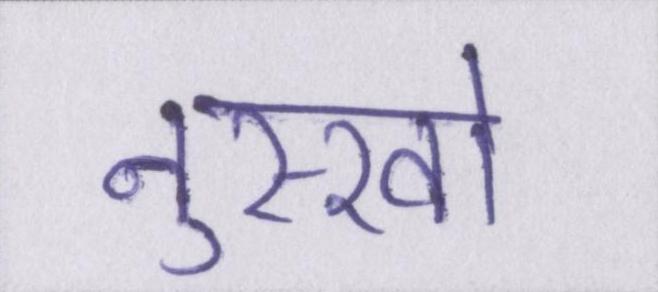
नुस्खों